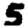
Digit: 5